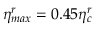
\eta _ { m a x } ^ { r } = 0 . 4 5 \eta _ { c } ^ { r }